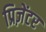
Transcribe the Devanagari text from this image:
प्रिज़ेंटर